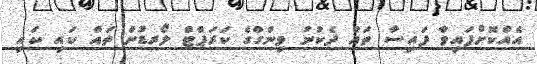
އެއްކޮށްފައިވާ ފައިސާ ތައް ދެކުނު ވިންގްގެ ކަރަޕްޓް ލޯރޑުން ތައް ކައި ކައި